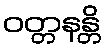
ဝတ္တနန္တိ